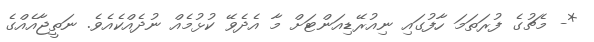
*- މެޗުގެ ފުރަތަމަ ހާފުގައި ނިއުރޭޑިއަންޓަށް މާ އެދެވޭ ކުޅުމެއް ނުދެއްކެއެވެ. ނަތީޖާއެއްގެ